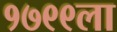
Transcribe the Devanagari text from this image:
१७९९ला